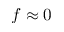
f \approx 0